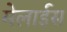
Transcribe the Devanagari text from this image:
मेलाईस